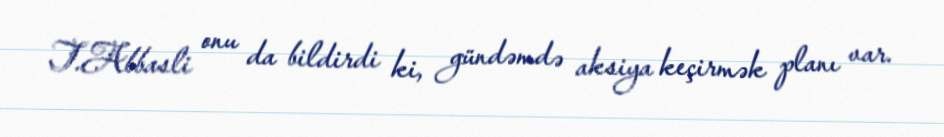
T.Abbasli onu da bildirdi ki, gündəmdə aksiya keçirmək planı var.